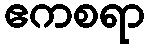
ဧကစရာ